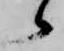
候